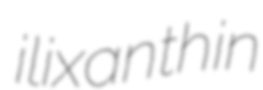
ilixanthin